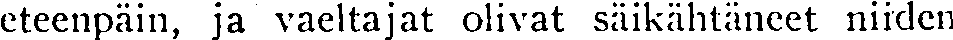
eteenpäin, ja vaeltajat olivat säikähtäneet niiden